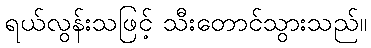
ရယ်လွန်းသဖြင့် သီးတောင်သွားသည်။